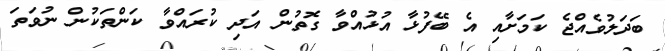
ބަދަލުވެއްޖެ ކަމަށާއި އެ ބޭފުޅާ އުޅުއްވާ ގޮތުން އަދި ކުރައްވާ ކަންތަކުން ނުވަތަ